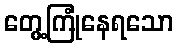
တွေ့ကြုံနေရသော